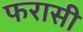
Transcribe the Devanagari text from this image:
फरासी